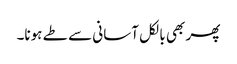
پھر بھی بالکل آسانی سے طے ہونا۔